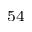
^ { 5 4 }